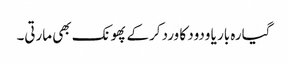
گیارہ بار یا ودود کا ورد کرکے پھونک بھی مارتی۔